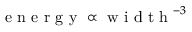
\mathrm { ~ e ~ n ~ e ~ r ~ g ~ y ~ } \propto \mathrm { ~ w ~ i ~ d ~ t ~ h ~ } ^ { - 3 }